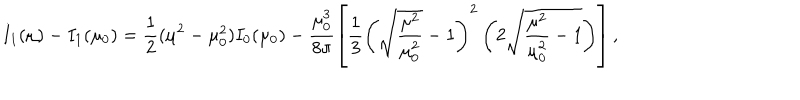
I _ { 1 } ( \mu ) - I _ { 1 } ( \mu _ { 0 } ) = { \frac { 1 } { 2 } } ( \mu ^ { 2 } - \mu _ { 0 } ^ { 2 } ) I _ { 0 } ( \mu _ { 0 } ) - \frac { \mu _ { 0 } ^ { 3 } } { 8 \pi } \left[ { \frac { 1 } { 3 } } \left( \sqrt { \frac { \mu ^ { 2 } } { \mu _ { 0 } ^ { 2 } } } - 1 \right) ^ { 2 } \left( 2 \sqrt { \frac { \mu ^ { 2 } } { \mu _ { 0 } ^ { 2 } } - 1 } \right) \right] ,